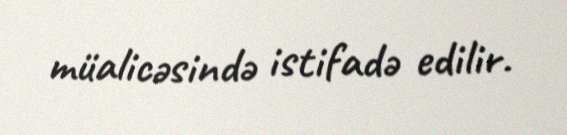
müalicəsində istifadə edilir.